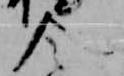
令